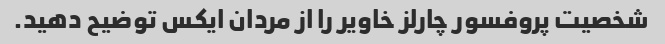
شخصیت پروفسور چارلز خاویر را از مردان ایکس توضیح دهید.